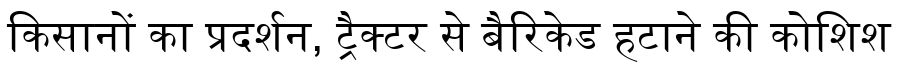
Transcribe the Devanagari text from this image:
किसानों का प्रदर्शन, ट्रैक्टर से बैरिकेड हटाने की कोशिश